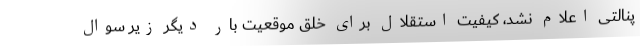
پنالتی اعلام نشد، کیفیت استقلال برای خلق موقعیت بار دیگر زیر سوال